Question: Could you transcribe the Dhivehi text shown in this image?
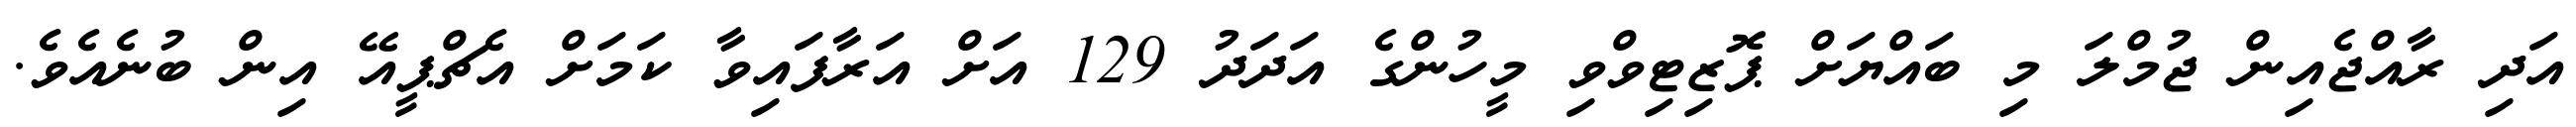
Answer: އަދި ރާއްޖެއިން ޖުމްލަ މި ބައްޔަށް ޕޮޒިޓިވްވި މީހުންގެ އަދަދު 129 އަށް އަރާފައިވާ ކަމަށް އެޗްޕީއޭ އިން ބުނެއެވެ.